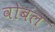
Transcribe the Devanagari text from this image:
वोबल